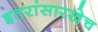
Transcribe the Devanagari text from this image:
इतरांसारखेच